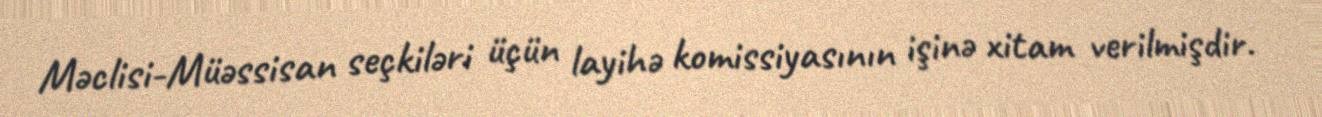
Məclisi-Müəssisan seçkiləri üçün layihə komissiyasının işinə xitam verilmişdir.